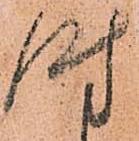
時